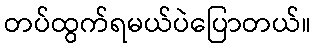
တပ်ထွက်ရမယ်ပဲပြောတယ်။